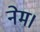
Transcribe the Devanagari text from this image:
नेम।